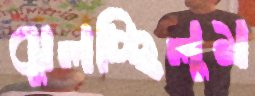
ঝুলচ্ছিলুম